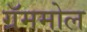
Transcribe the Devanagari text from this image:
ग्रॅममोल